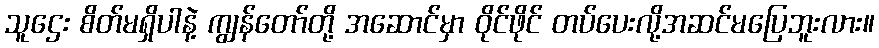
သူဌေး စိတ်မရှိပါနဲ့ ကျွန်တော်တို့ အဆောင်မှာ ဝိုင်ဖိုင် တပ်ပေးလို့အဆင်မပြေဘူးလား။